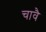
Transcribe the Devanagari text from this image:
चावै